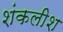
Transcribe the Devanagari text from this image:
शंकलीश